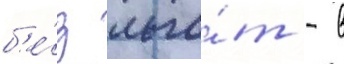
б'е́з льго́т - в